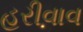
હરીવાવ